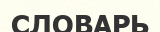
СЛОВАРЬ